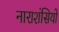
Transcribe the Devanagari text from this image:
नाराशंसियों